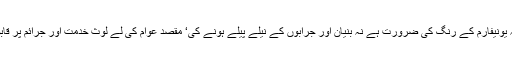
اس میں نہ یونیفارم کے رنگ کی ضرورت ہے نہ بنیان اور جرابوں کے نیلے پیلے ہونے کی‘ مقصد عوام کی لے لوث خدمت اور جرائم پر قابو پانا ہے۔